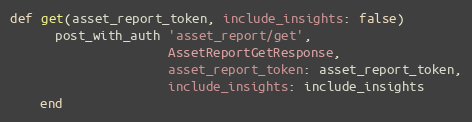
Language: Ruby
def get(asset_report_token, include_insights: false)
      post_with_auth 'asset_report/get',
                     AssetReportGetResponse,
                     asset_report_token: asset_report_token,
                     include_insights: include_insights
    end